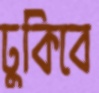
ঢুকিবে